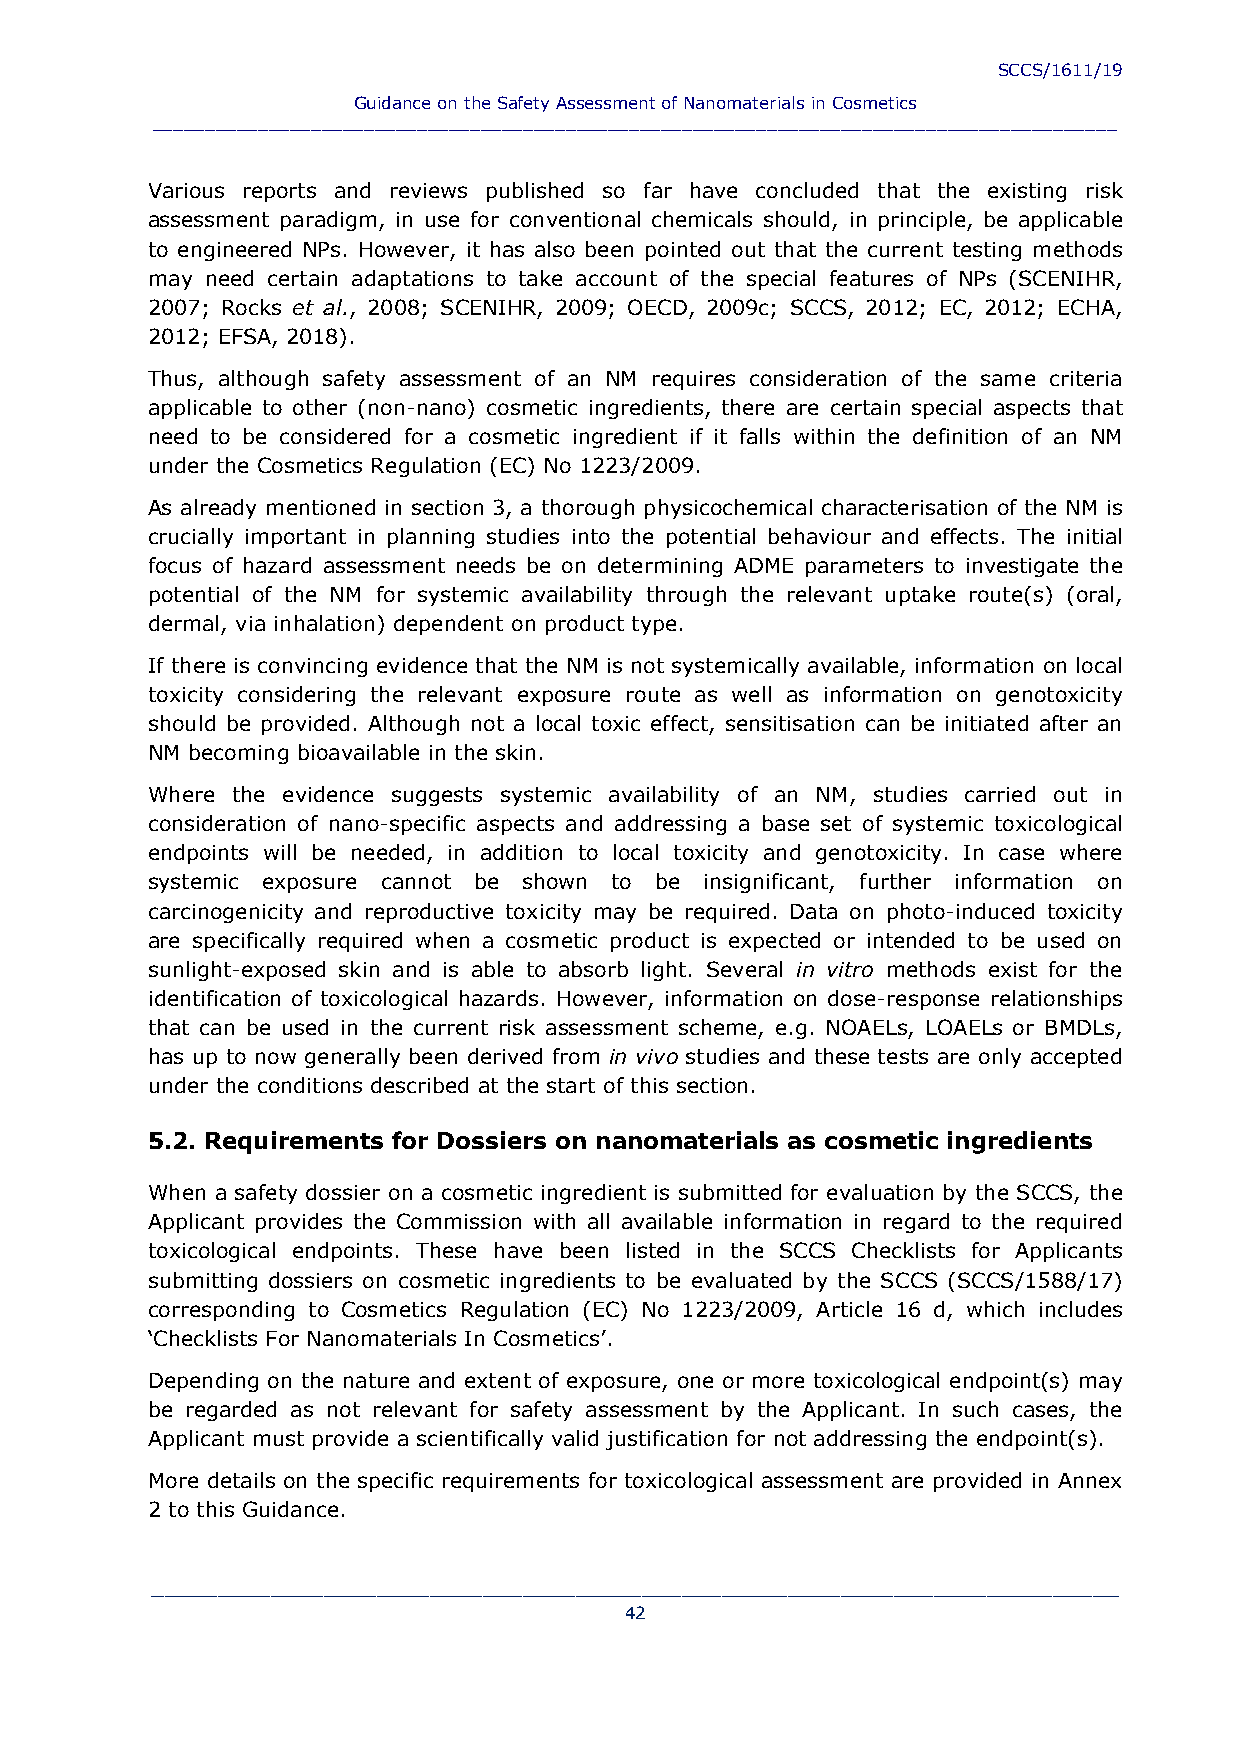
SCCS/1611/19
 Guidance on the Safety Assessment of Nanomaterials in Cosmetics
 ___________________________________________________________________________________________
 Various reports and reviews published so far have concluded that the existing risk
 assessment paradigm, in use for conventional chemicals should, in principle, be applicable
 to engineered NPs. However, it has also been pointed out that the current testing methods
 may need certain adaptations to take account of the special features of NPs (SCENIHR,
 2007; Rocks et al., 2008; SCENIHR, 2009; OECD, 2009c; SCCS, 2012; EC, 2012; ECHA,
 2012; EFSA, 2018).
 Thus, although safety assessment of an NM requires consideration of the same criteria
 applicable to other (non-nano) cosmetic ingredients, there are certain special aspects that
 need to be considered for a cosmetic ingredient if it falls within the definition of an NM
 under the Cosmetics Regulation (EC) No 1223/2009.
 As already mentioned in section 3, a thorough physicochemical characterisation of the NM is
 crucially important in planning studies into the potential behaviour and effects. The initial
 focus of hazard assessment needs be on determining ADME parameters to investigate the
 potential of the NM for systemic availability through the relevant uptake route(s) (oral,
 dermal, via inhalation) dependent on product type.
 If there is convincing evidence that the NM is not systemically available, information on local
 toxicity considering the relevant exposure route as well as information on genotoxicity
 should be provided. Although not a local toxic effect, sensitisation can be initiated after an
 NM becoming bioavailable in the skin.
 Where the evidence suggests systemic availability of an NM, studies carried out in
 consideration of nano-specific aspects and addressing a base set of systemic toxicological
 endpoints will be needed, in addition to local toxicity and genotoxicity. In case where
 systemic exposure cannot be shown to be insignificant, further information on
 carcinogenicity and reproductive toxicity may be required. Data on photo-induced toxicity
 are specifically required when a cosmetic product is expected or intended to be used on
 sunlight-exposed skin and is able to absorb light. Several in vitro methods exist for the
 identification of toxicological hazards. However, information on dose-response relationships
 that can be used in the current risk assessment scheme, e.g. NOAELs, LOAELs or BMDLs,
 has up to now generally been derived from in vivo studies and these tests are only accepted
 under the conditions described at the start of this section.
 5.2. Requirements for Dossiers on nanomaterials as cosmetic ingredients
 When a safety dossier on a cosmetic ingredient is submitted for evaluation by the SCCS, the
 Applicant provides the Commission with all available information in regard to the required
 toxicological endpoints. These have been listed in the SCCS Checklists for Applicants
 submitting dossiers on cosmetic ingredients to be evaluated by the SCCS (SCCS/1588/17)
 corresponding to Cosmetics Regulation (EC) No 1223/2009, Article 16 d, which includes
 ‘Checklists For Nanomaterials In Cosmetics’.
 Depending on the nature and extent of exposure, one or more toxicological endpoint(s) may
 be regarded as not relevant for safety assessment by the Applicant. In such cases, the
 Applicant must provide a scientifically valid justification for not addressing the endpoint(s).
 More details on the specific requirements for toxicological assessment are provided in Annex
 2 to this Guidance.
 _________________________________________________________________________
 42